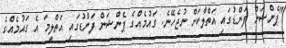
"ޕެންޝަން ފަންޑުގައި އަތްލާކަށް ނުޖެހޭނެ. ގައުމެއްގެ ޕެންޝަން ފަންޑުގައި އަތްލީމަ އެ ގައުމެއްގެ